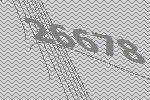
26678